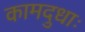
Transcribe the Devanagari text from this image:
कामदुधाः